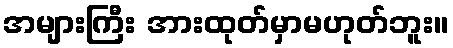
အများကြီး အားထုတ်မှာမဟုတ်ဘူး။